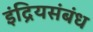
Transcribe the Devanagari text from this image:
इंद्रियसंबंध